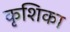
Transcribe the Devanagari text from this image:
कृशिका